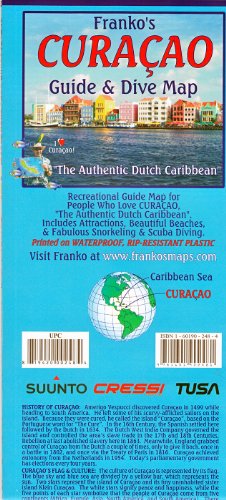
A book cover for Franko's CURACAO Guide & Dive Map; Frank Nielsen; Travel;